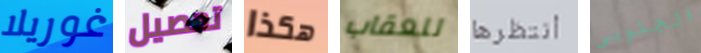
غوريلا تحصيل هكذا للعقاب أنتظرها الجنوبى